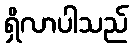
ရှိလာပါသည်